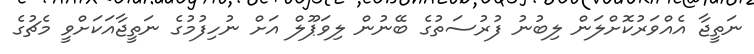
ނަތީޖާ އެއްވަރުކޮށްލަން ލިބުނު ފުރުސަތުގެ ބޭނުން ލިވަޕޫލް އަށް ނުހިފުމުގެ ނަތީޖާއަކަށްވީ މެޗުގެ